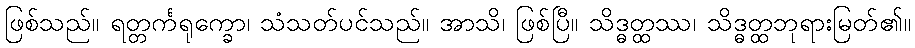
ဖြစ်သည်။ ရတ္တင်္ကရုက္ခော၊ သံသတ်ပင်သည်။ အာသိ၊ ဖြစ်ပြီ။ သိဒ္ဓတ္ထဿ၊ သိဒ္ဓတ္ထဘုရားမြတ်၏။